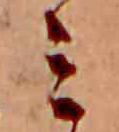
ミ